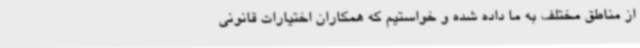
از مناطق مختلف به ما داده شده و خواستیم که همکاران اختیارات قانونی